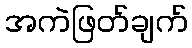
အကဲဖြတ်ချက်